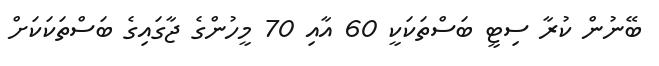
ބޭނުން ކުރާ ސިޓީ ބަސްތަކަކީ 60 އާއި 70 މީހުންގެ ޖާގައިގެ ބަސްތަކަކަށް